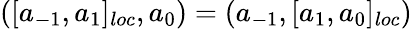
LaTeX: ([a_{-1},a_{1}]_{loc},a_{0})=(a_{-1},[a_{1},a_{0}]_{loc})